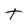
Character: t